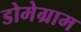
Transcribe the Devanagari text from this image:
डोमेग्राम